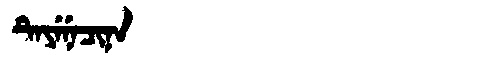
Manchu: ᡨᡝᠶᡝᠨᡝᠴᡳᠨᠠ
Romanization: TEYENECINA